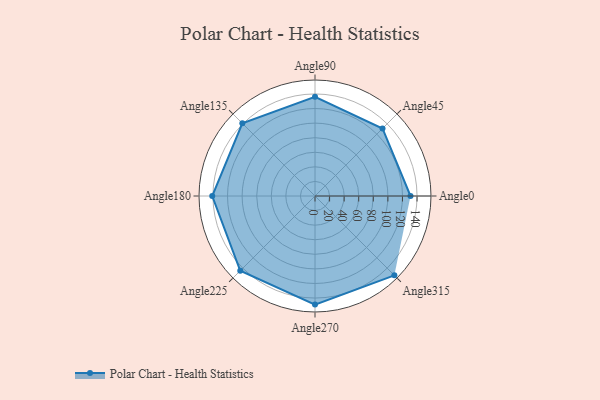
{"axis": {"x": "Angle", "y": "Radius"}, "legend": [""], "data": [{"x": "Angle0", "y": 131.0, "type": ""}, {"x": "Angle45", "y": 131.0, "type": ""}, {"x": "Angle90", "y": 136.0, "type": ""}, {"x": "Angle135", "y": 141.0, "type": ""}, {"x": "Angle180", "y": 141.0, "type": ""}, {"x": "Angle225", "y": 145.0, "type": ""}, {"x": "Angle270", "y": 149.0, "type": ""}, {"x": "Angle315", "y": 154.0, "type": ""}]}